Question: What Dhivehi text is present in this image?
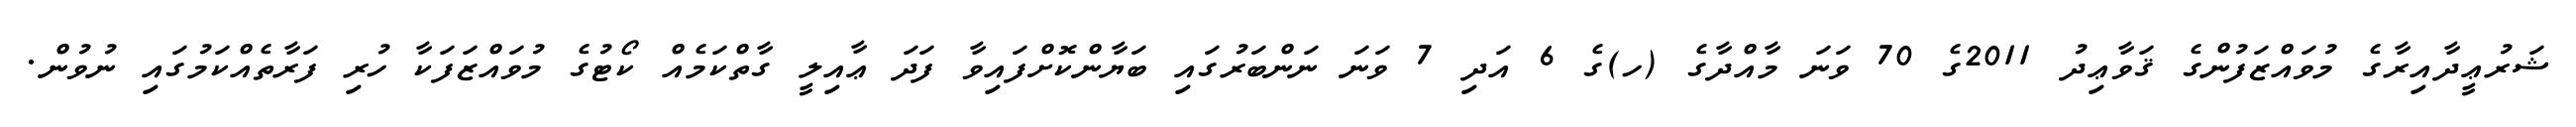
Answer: ޝަރުޢީދާއިރާގެ މުވައްޒަފުންގެ ޤަވާޢިދު 2011ގެ 70 ވަނަ މާއްދާގެ (ހ)ގެ 6 އަދި 7 ވަނަ ނަންބަރުގައި ބަޔާންކޮށްފައިވާ ފަދަ ޢާއިލީ ގާތްކަމެއް ކޯޓުގެ މުވައްޒަފަކާ ހުރި ފަރާތެއްކަމުގައި ނުވުން.